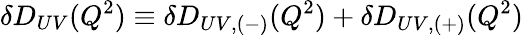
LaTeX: \delta D_{UV}(Q^{2})\equiv\delta D_{UV,(-)}(Q^{2})+\delta D_{UV,(+)}(Q^{2})